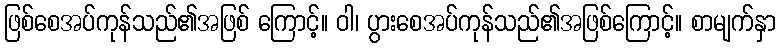
ဖြစ်စေအပ်ကုန်သည်၏အဖြစ် ကြောင့်။ ဝါ၊ ပွားစေအပ်ကုန်သည်၏အဖြစ်ကြောင့်။ စာမျက်နှာ